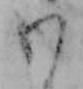
わ